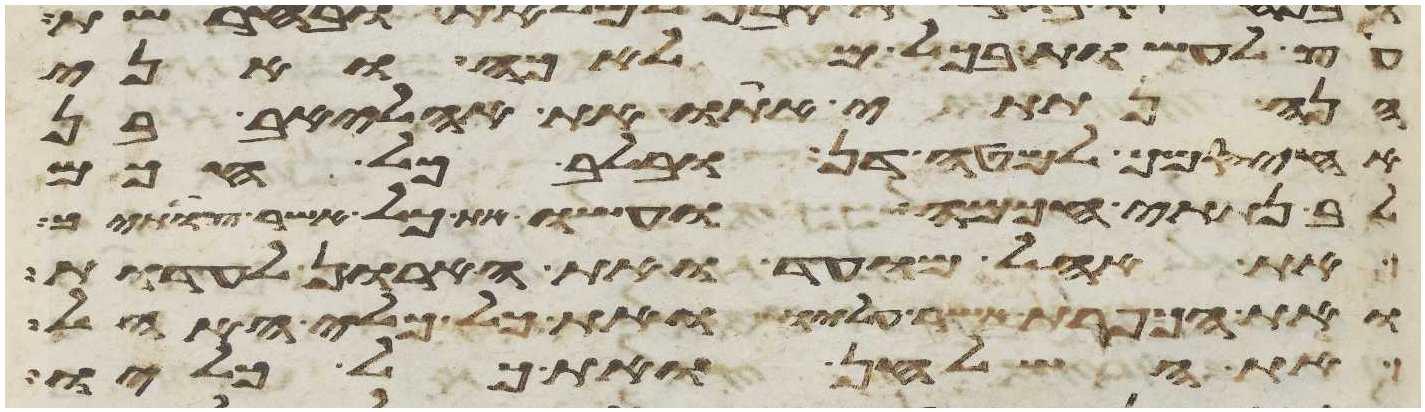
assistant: עץ לעשות בכל מלאכה ואני
הנה נתתי אתו את אהליאב בן
אחיסמך למטה דן ובלב כל חכם
לב נתתי חכמה ועשו את כל אשר צויתיך
את אהל מועד ואת הארון לעדות
ואת הכפרת אשר עליו ואת כל כלי האהל
את השלחן ואת כל כליו